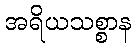
အရိယသစ္စာန